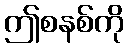
ဤစနစ်ကို